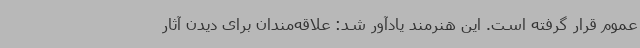
عموم قرار گرفته است. این هنرمند یادآور شد: علاقه‌مندان برای دیدن آثار